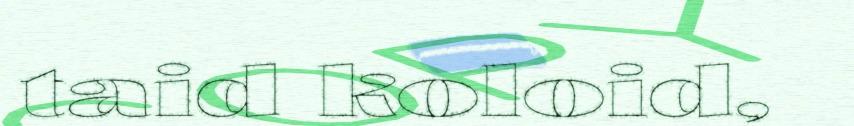
taid koloid,